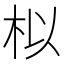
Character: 𮲯